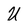
Character: U